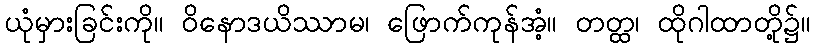
ယုံမှားခြင်းကို။ ဝိနောဒယိဿာမ၊ ဖြောက်ကုန်အံ့။ တတ္ထ၊ ထိုဂါထာတို့၌။